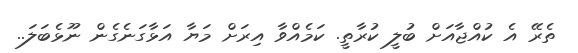
ތެރޭ އެ ކުއްޖާއަށް ބުލީ ކުރާތީ. ކަމެއްވާ އިރަށް މަޔާ އަޅާގަނެގެން ނޫޅެބަލަ..